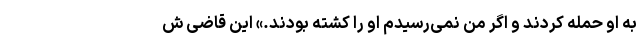
به او حمله کردند و اگر من نمی‌رسیدم او را کشته بودند.» این قاضی ش